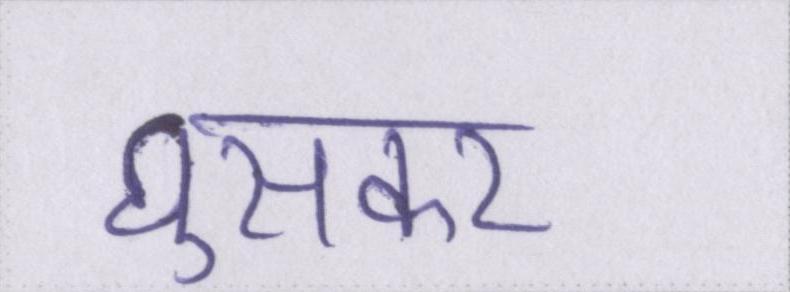
घुसकर